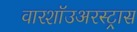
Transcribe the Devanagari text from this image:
वारशॉउअरस्ट्रास